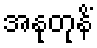
အနုတုနိံ